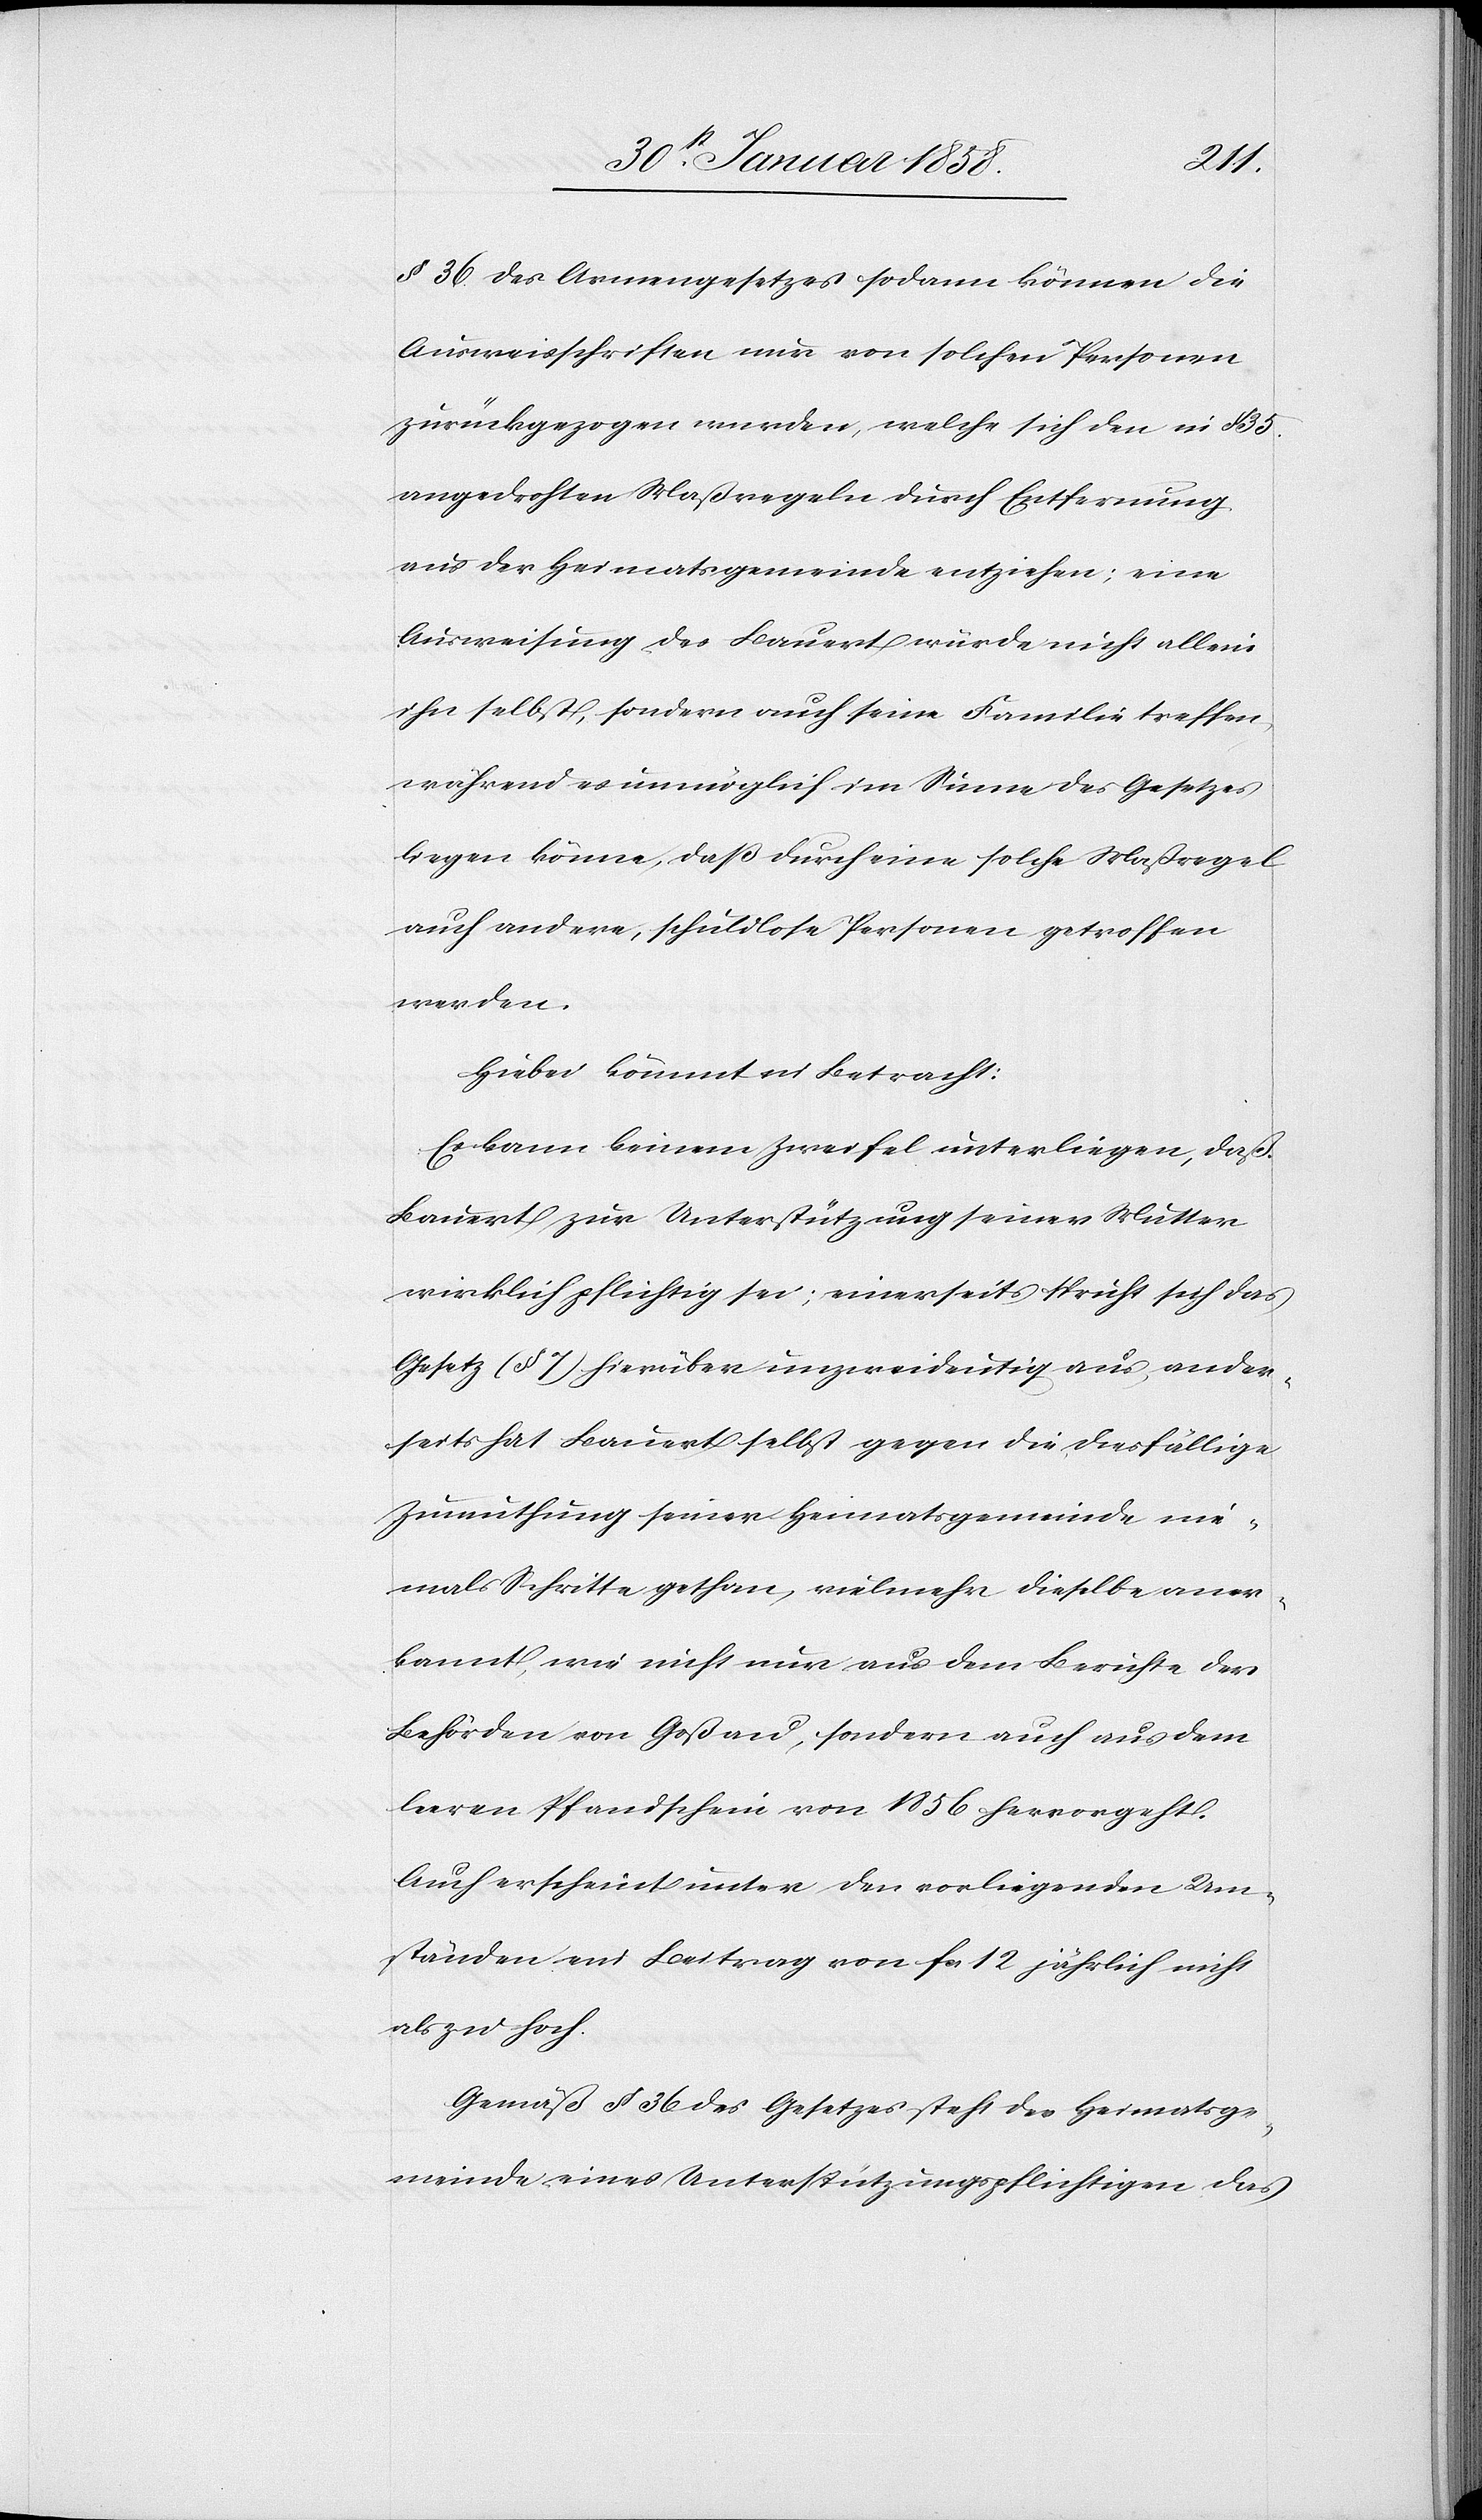
§ 36 des Armengesetzes sodann können die
Ausweisschriften nur von solchen Personen
zurückgezogen werden, welche sich den in § 35
angedrohten Maßregeln durch Entfernung
aus der Heimatsgemeinde entziehen; eine
Ausweisung des Bauert würde nicht allein
ihn selbst, sondern auch seine Familie treffen,
während es unmöglich im Sinne des Gesetzes
liegen könne, daß durch eine solche Maßregel
auch andere, schuldlose Personen getroffen
werden.
Hiebei kommt in Betracht:
Es kann keinem Zweifel unterliegen, daß
Bauert zur Unterstützung seiner Mutter
wirklich pflichtig sei; einerseits spricht sich das
Gesetz (§ 7) hierüber unzweideutig aus, ander¬
seits hat Bauert selbst gegen die diesfällige
Zumuthung seiner Heimatsgemeinde nie¬
mals Schritte gethan, vielmehr dieselbe aner¬
kannt, wie nicht nur aus dem Berichte der
Behörden von Goßau, sondern auch aus dem
leeren Pfandschein von 1856 hervorgeht.
Auch erscheint unter den vorliegenden Um¬
ständen ein Beitrag von fcs. 12 jährlich nicht
als zu hoch.
Gemäß § 36 des Gesetzes steht der Heimatsge¬
meinde eines Unterstützungspflichtigen das